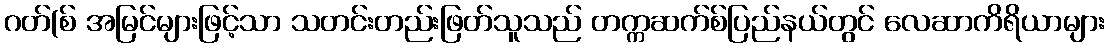
ဂတ်(စ် အမြင်များဖြင့်သာ သတင်းတည်းဖြတ်သူသည် တက္ကဆက်စ်ပြည်နယ်တွင် လေဆာကိရိယာများ